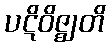
ပဋိဝိဇ္ဈတိ